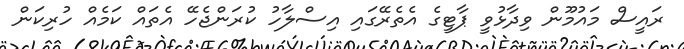
ރައީސް މައުމޫން ވިދާޅުވީ ޕާޓީގެ އެތެރޭގައި އިސްލާހު ކުރަންޖެހޭ އެތައް ކަމެއް ހުރިކަން